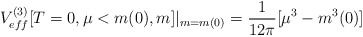
\begin{align*}V_{eff}^{(3)}[T=0,\mu<m(0),m]|_{m=m(0)}=\frac{1}{12\pi}[\mu^3-m^3(0)]\end{align*}